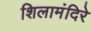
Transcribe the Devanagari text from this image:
शिलामंदिरे